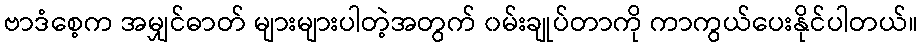
ဗာဒံစေ့က အမျှင်ဓာတ် များများပါတဲ့အတွက် ၀မ်းချုပ်တာကို ကာကွယ်ပေးနိုင်ပါတယ်။